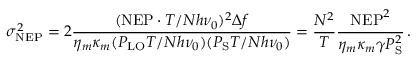
\sigma _ { \mathrm { N E P } } ^ { 2 } = 2 \frac { ( \mathrm { N E P } \cdot T / N h \nu _ { 0 } ) ^ { 2 } \Delta f } { \eta _ { m } \kappa _ { m } ( P _ { \mathrm { L O } } T / N h \nu _ { 0 } ) ( P _ { \mathrm { S } } T / N h \nu _ { 0 } ) } = \frac { N ^ { 2 } } { T } \frac { \mathrm { N E P } ^ { 2 } } { \eta _ { m } \kappa _ { m } \gamma P _ { \mathrm { S } } ^ { 2 } } \, .